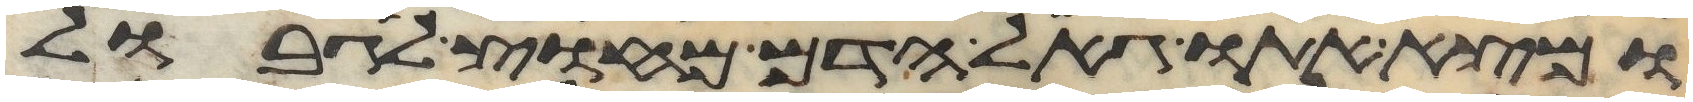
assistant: ומצא אתו גאל הדם מחוץ לגבול